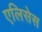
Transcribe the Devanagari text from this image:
एलिसेस